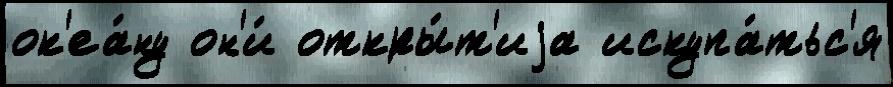
ок'еа́ну он'и́ откры́т'иjа искупа́тьс'я